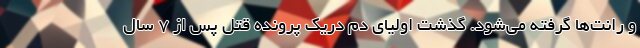
و رانت‌ها گرفته می‌شود. گذشت اولیای دم دریک پرونده قتل پس از ۷ سال